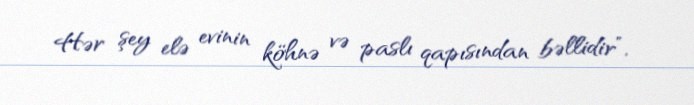
Hər şey elə evinin köhnə və paslı qapısından bəllidir”.